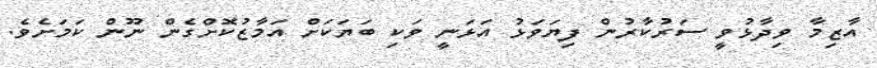
އާޒިމާ ވިދާޅުވީ ސަރުކާރުން ފިޔަވަޅު އަޅަނީ ވަކި ބަޔަކަށް އަމާޒުކޮށްގެން ނޫން ކަމަށެވެ.